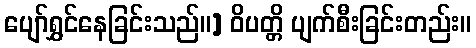
ပျော်ရွှင်နေခြင်းသည်။] ဝိပတ္တိ ပျက်စီးခြင်းတည်း။